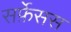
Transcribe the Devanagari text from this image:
सर्फ़ेसस